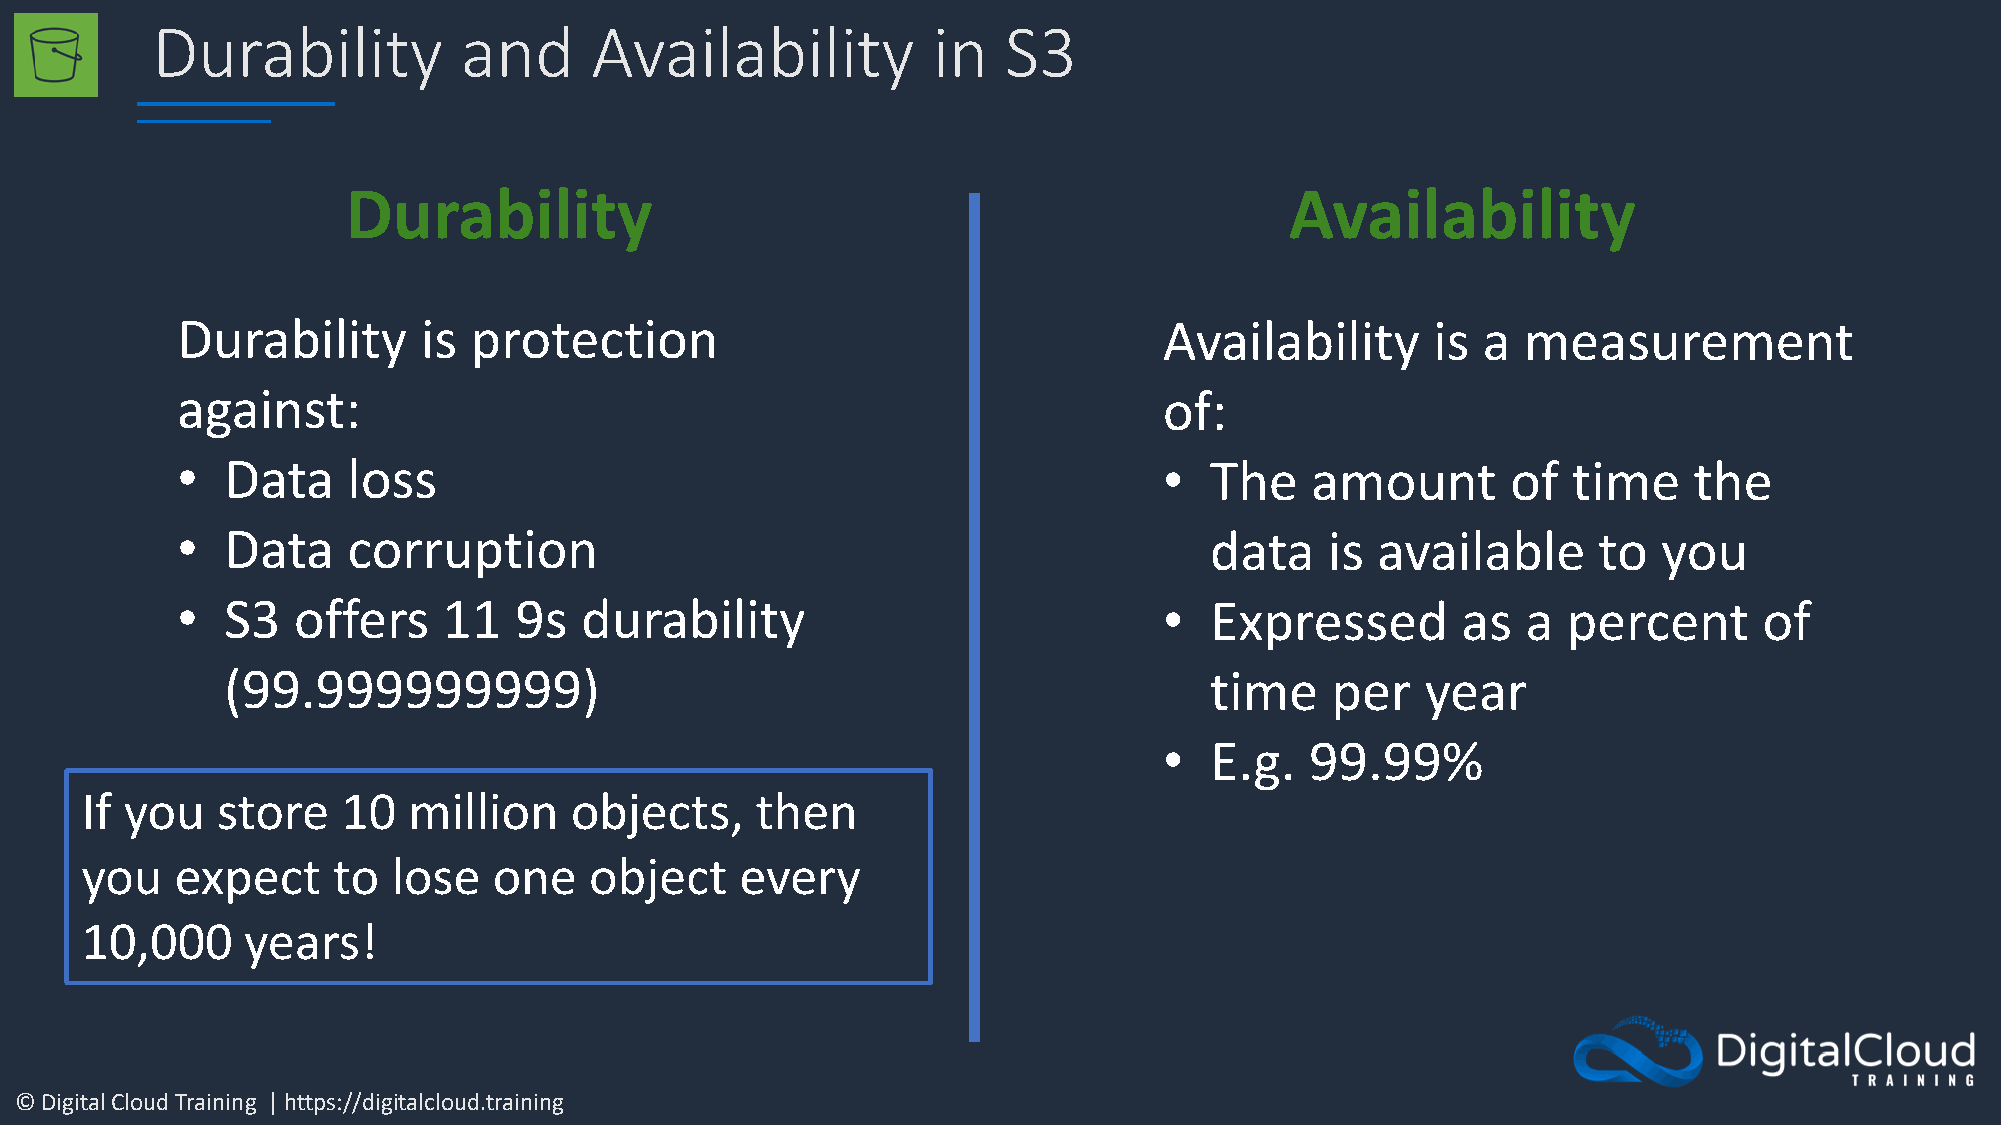
Durability          and      Availability           in   S3
 Durability                                                    Availability
 Durability      is protection                                    Availability      is a  measurement
 against:                                                         of:
 •  Data    loss                                                  •  The    amount       of  time    the
 •  Data    corruption                                               data    is available      to  you
 •  S3  offers    11   9s  durability                             •  Expressed        as  a  percent      of
 (99.999999999)                                                   time    per   year
 •  E.g.   99.99%
 If you   store    10  million    objects,    then
 you    expect    to  lose   one   object    every
 10,000     years!
 © Digital Cloud Training | https://digitalcloud.training